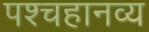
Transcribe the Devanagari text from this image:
पश्चहानव्य